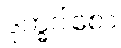
ဒုက္ခဝါစော